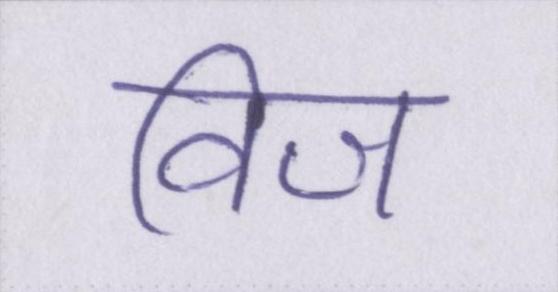
विज